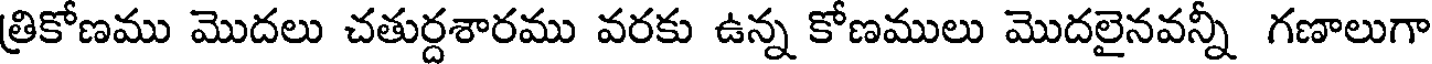
త్రికోణము మొదలు చతుర్దశారము వరకు ఉన్న కోణములు మొదలైనవన్నీ గణాలుగా